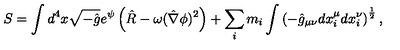
S = \int d ^ { 4 } x \sqrt { - \hat { g } } e ^ { \psi } \left( \hat { R } - \omega ( \hat { \nabla } \phi ) ^ { 2 } \right) + \sum _ { i } m _ { i } \int \left( - \hat { g } _ { \mu \nu } d x _ { i } ^ { \mu } d x _ { i } ^ { \nu } \right) ^ { \frac { 1 } { 2 } } ,